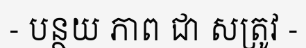
- បន្ថយ ភាព ជា សត្រូវ -